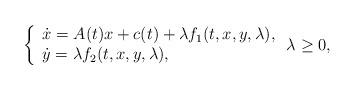
LaTeX: \begin{align*} \left\{ \begin{array}{l} \dot x = A(t)x + c(t) + \lambda f_1(t, x, y,\lambda), \\ \dot y = \lambda f_2(t, x, y,\lambda), \end{array} \right. \lambda\geq 0,\end{align*}